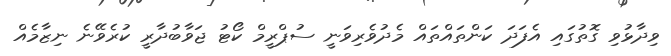
ވިދާޅުވި ގޮތުގައި އެފަދަ ކަންތައްތައް މެދުވެރިވަނީ ސުޕްރީމް ކޯޓު ޖަވާބުދާރީ ކުރެވޭނެ ނިޒާމެއް